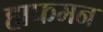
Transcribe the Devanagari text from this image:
हाफमन